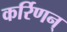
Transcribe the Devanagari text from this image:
कर्रिणन्